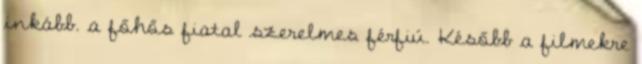
inkább. a főhős fiatal szerelmes férfiú. Később a filmekre